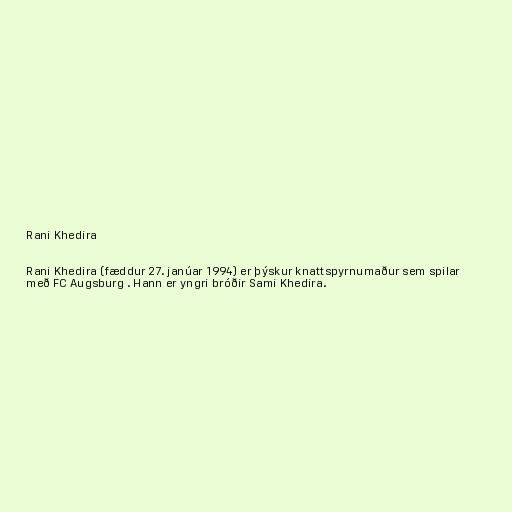
Rani Khedira

Rani Khedira (fæddur 27. janúar 1994) er þýskur knattspyrnumaður sem spilar
með FC Augsburg . Hann er yngri bróðir Sami Khedira.